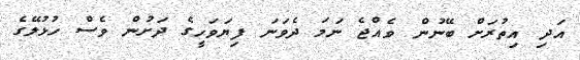
އަދި އިތުރަށް ބޭނުން ވެއްޖެ ނަމަ ދެވަނަ ފިޔަވަހީގެ ދަށުން ވެސް ހުޅުލޭގެ